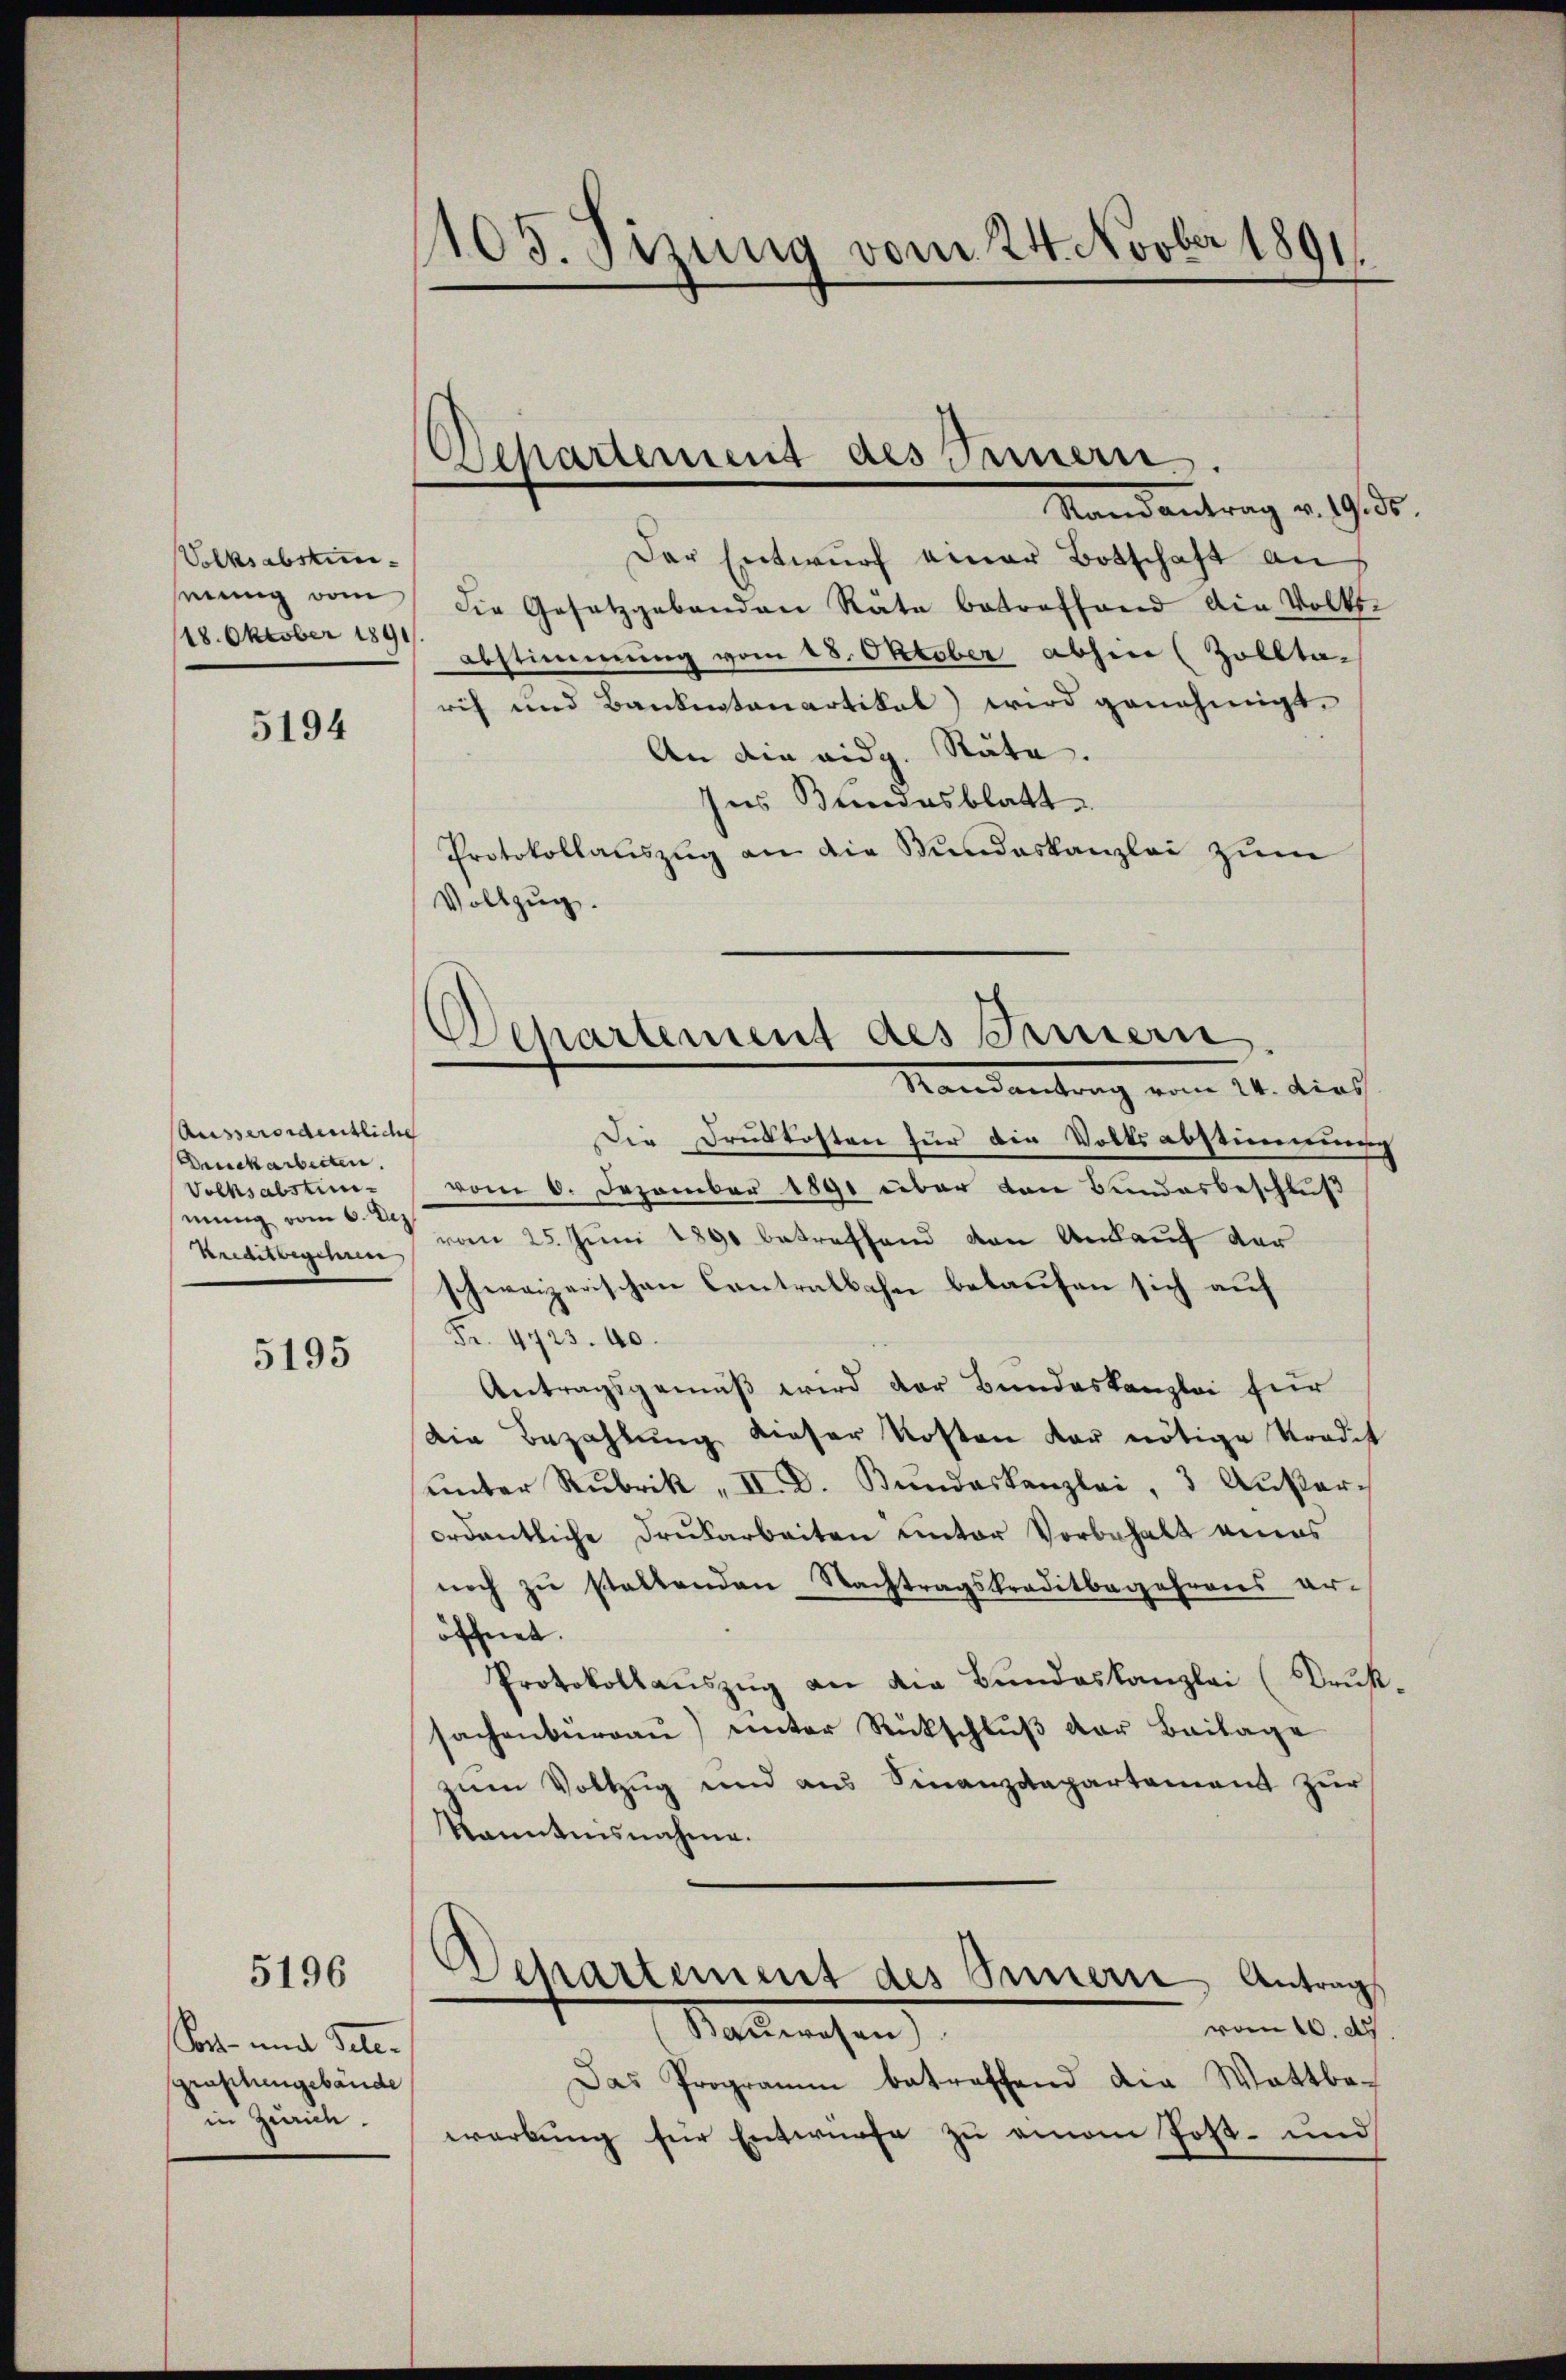
Volksabstuneiung vom
18. Oktober 1891

5194

Ausserordentliche
Druckarbeiten.
Volksabstinmung vom 6. Dez
Krediterschen

5195

5196

Son und Tele-
graphengebäude
in Zürich.

105. Fizung vom 24. Novber 1891.

Departement des Innern.

Departement des Innern
Mandantrag vom 21. dies

Mandantrag v. 9. d.
Der Entwurf einer Botschaft an
die Gesetzgebenden Räte betreffend die Volks-
abstimmung vom 18. Oktober abhin (Zollta-
rih und Bankentanartikal) wird genehmigt.
An die eidg. Räte.
Ins Bundesblatt
Protokollauszug an die Stundeskanzlei zum
Vollzug.
Die Druckkosten für die Volksabstimmung
vom 6. Dezember 1891 über von Bundesbeschluß
vom 25. Juni 1890 betreffend den Ankauf der
schweizerischen Contralbahn belaufen sich auf
Fr. 4723. 40.
Antragsgemäß wird der Bundeskanzlei für
Die Bezahlung dieser Kosten der nötige Tradit
ŭnter Rubrik „ II. D. Bundeskanzlei, 3 Außer-
ordentliche Drukarbeiten unter Vorbehalt eines
noch zu stattenden Nachtragskreditbegehrens er-
öffnet.
Protokollauszug an die Bundeskanzlei (Druk
sachenbürgaŭ) unter Rückschlŭβ der Beilage
zum Vollzug und aus Finanzdepartement zur
kanntnisnahme.
Departement des Sinnern Antrag
vom 10. d
Nachmachen
Das Programm betreffend die Wattba-
werbung für Entwürfe zu einem Post- und